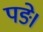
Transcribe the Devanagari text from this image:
पङे।